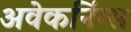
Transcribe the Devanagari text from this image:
अवेकनिंग्स